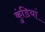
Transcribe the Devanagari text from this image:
कुंडियां